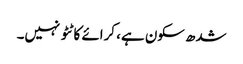
شدھ سکون ہے، کرائے کا ٹٹو نہیں۔